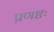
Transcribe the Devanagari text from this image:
प्रणष्टः